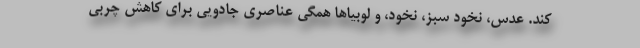
کند. عدس، نخود سبز، نخود، و لوبیاها همگی عناصری جادویی برای کاهش چربی